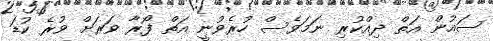
ސައުން އަތް ދިއްކުރި ނަމަވެސް ހުރެވުނީ އަތް ފޯރާ ވަރަށް ވުރެ ކުޑަ